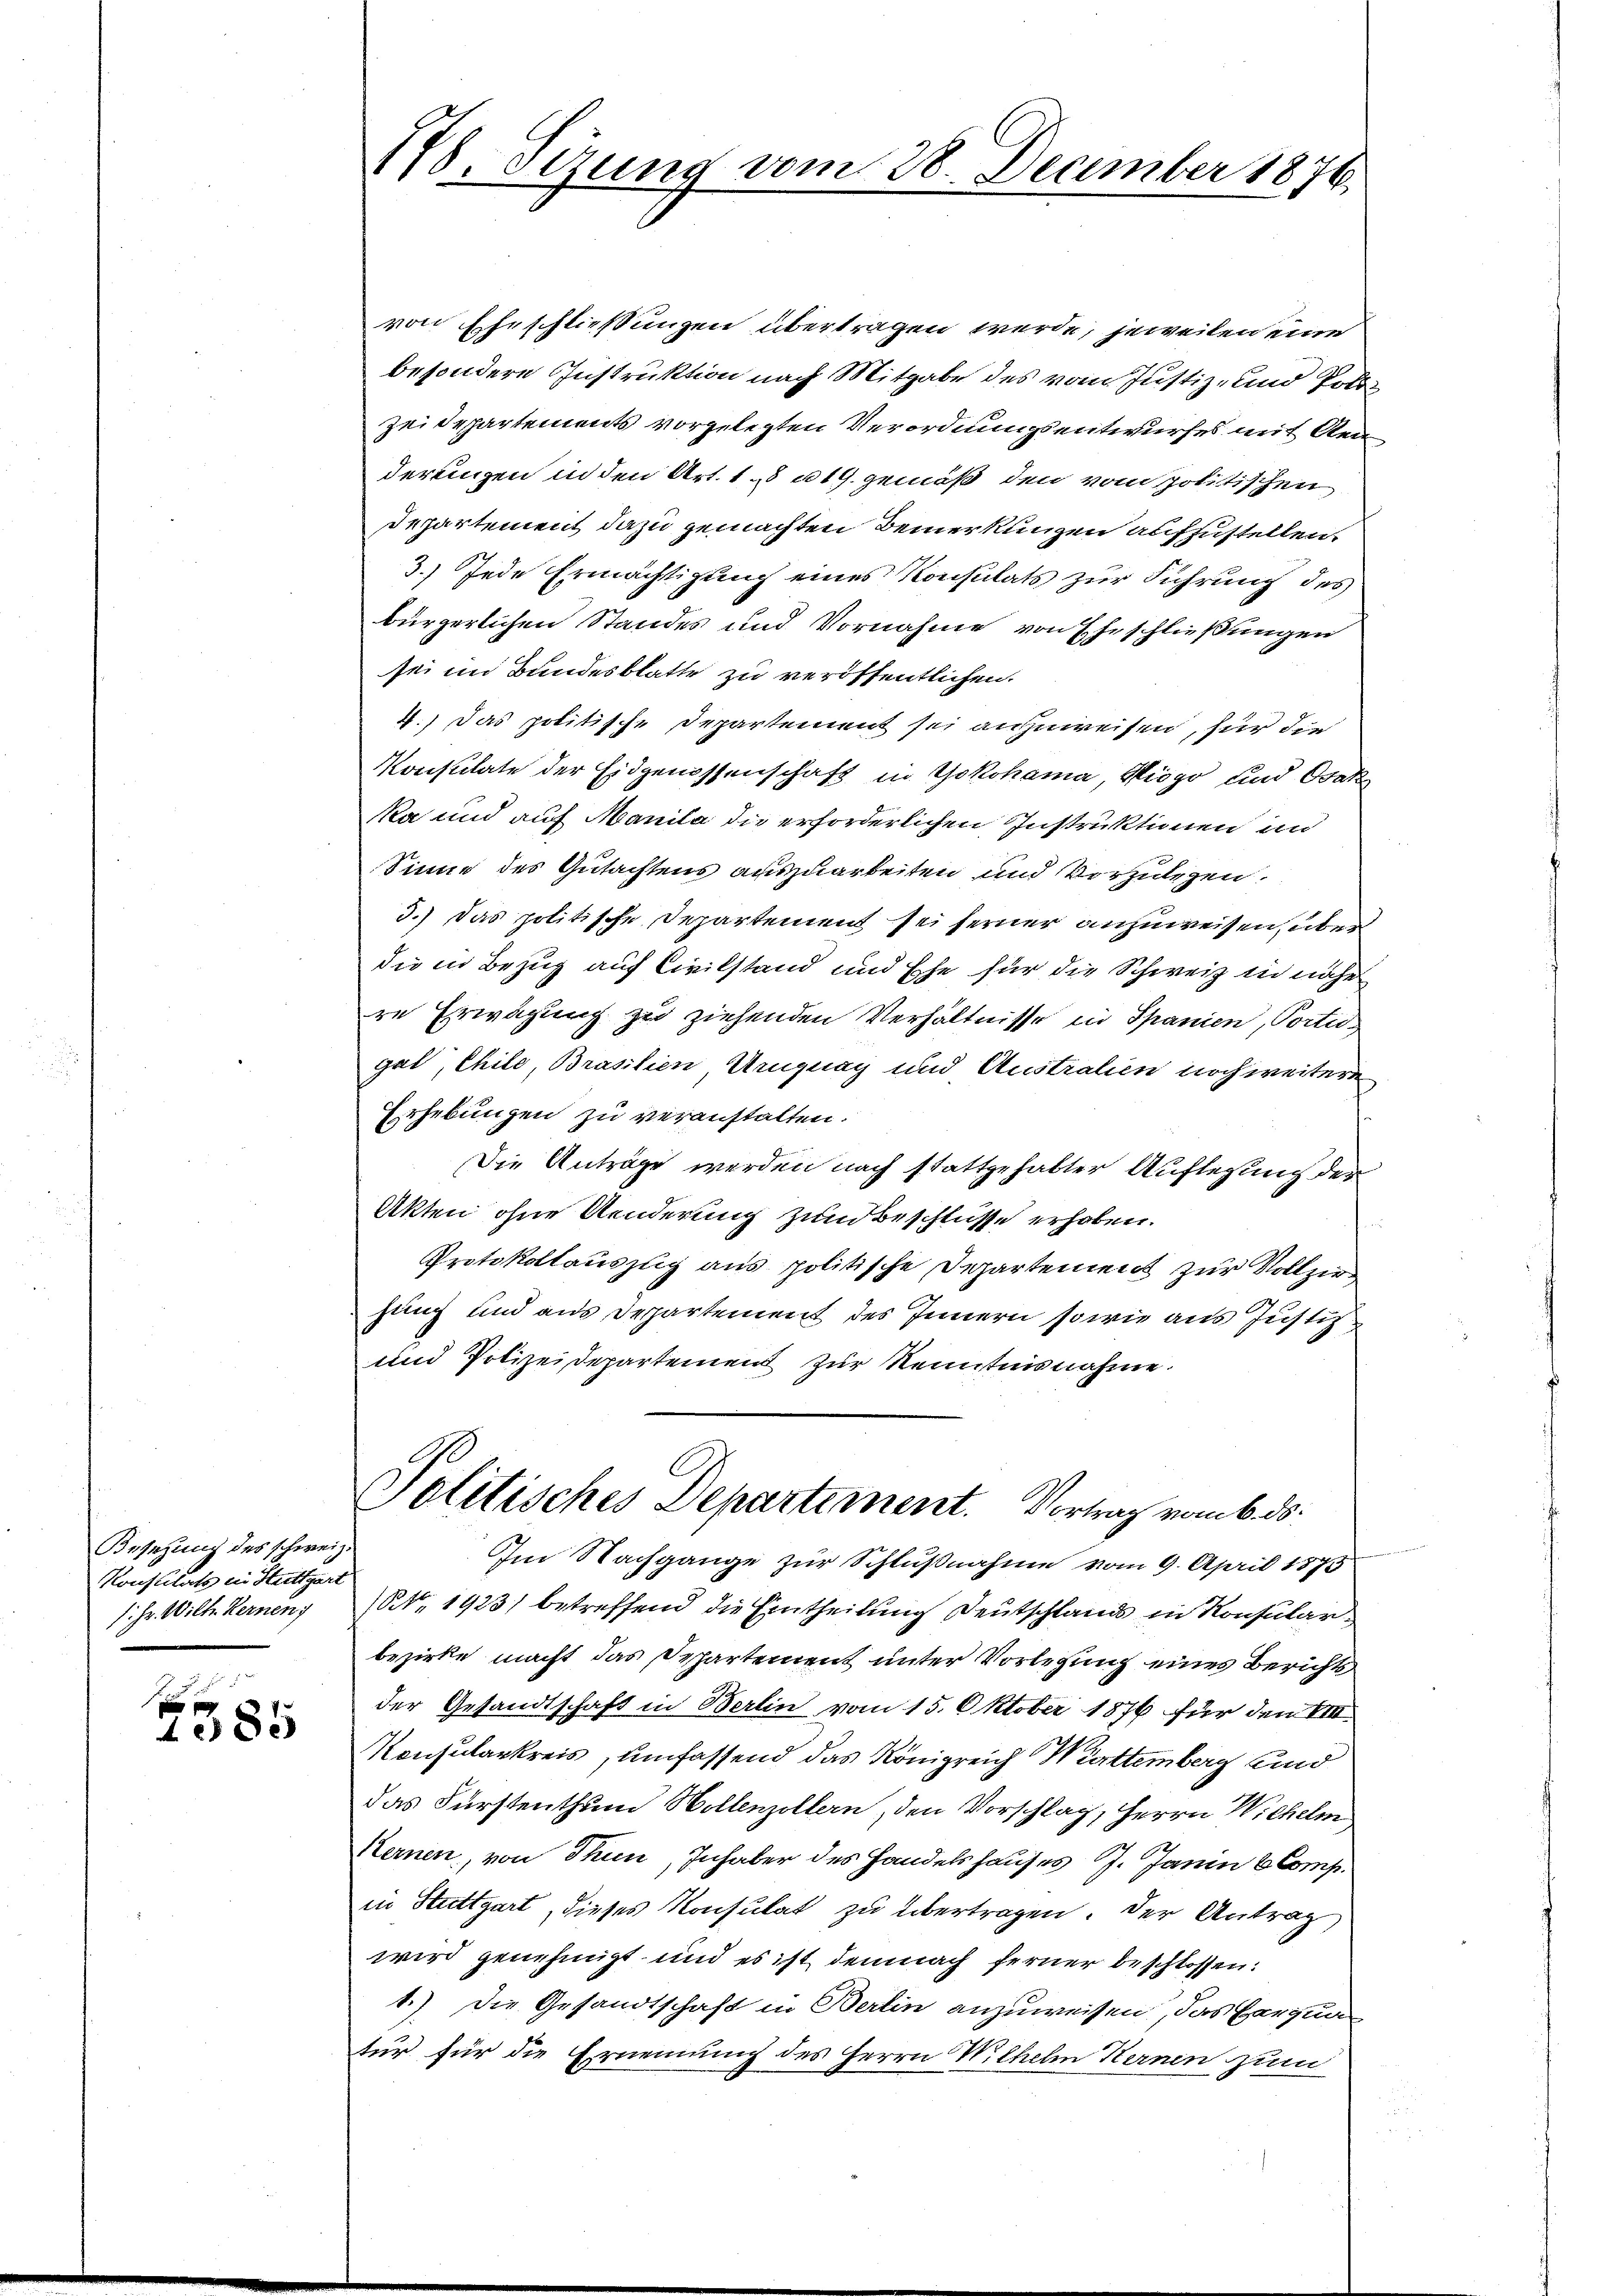
Besetzung des schweiz.
Konsulats ein Stuttgart
s: Hr. Wilh. Kernen

1385

178. Stzung vom 28. December 1876.

von Eheschließungen übertragen werde, jeweilen eine
besondere Instruktion nach Mitgabe des vom Justiz- und Poli¬
Zeidepartements vorgelegten Verordnungsentwurfes mit Aenderungen in den Art. 18 n 19. gemäß den vom politischen
Departement dazu gemachten Bemerkungen aufzustellen.
3.) Jede Ermächtigung eines Konsulats zur Führung des
bürgerlichen Standes und Vornahme von Eheschließungen
sei im Bundesblatte zu veröffentlichen
4.) Das politische Departement sei anzuweisen, für die
Konsulate der Eidgenossenschaft in Yokohama, Kiogo und Ovak
Ma und auf Manila die erforderlichen Instruktionen an
Sinne des Gutachtens auszuarbeiten und vorzulegen.
3.) Das politische Departement sei ferner anzuweisen, über
die in Bezug auf Civilstand und Ehe für die Schweiz in nähe
ze Erwägung zu ziehenden Verhältnisse in Spanien, Portigal, Chile, Brasilien, Uruguay und Australien noch weitere
Erhebungen zu veranstalten.
Die Anträge werden nach stattgehalter Auflegung des
Akten ohne Aenderung zund Beschlüsse erhoben.
Protokollauszug aus politische Departement zur Vollziehung sind aus Departement des Innern sowie aus Justiz
und Polizeidepartement zur Kenntnisnahme.
Politisches Departement. Vortrag vom 6. ds.
Im Nachgange zur Schlußnahme vom 9. April 1873
Nr. 1923) betreffend die Eintheilung Deutschlands in Konsularbezirke macht das Separtement unter Vorlegung eines Berichts
der Gesandtschaft in Berlin vom 15. Oktober 1876 für den VIII.
Konsularkreis, umfassend das Königreich Württemberg sind
das Fürstenthum Hollenzollern, den Vorschlag, Herrn Wilhelm
Kernen, von Thun, Inhaber des Handelshauses J. Janin & Comp.
in Stuttgart, dieses Konsulat zu übertragen. Der Antrag
wird genehmigt, und es ist demnach ferner beschlossen:
1.) Die Gesandtschaft in Berlin anzuweisen, das Eerqua
tur für die Ernennung des Herrn Wilhelm Kernen zum